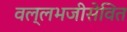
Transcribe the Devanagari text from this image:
वल्लभजीसेवित